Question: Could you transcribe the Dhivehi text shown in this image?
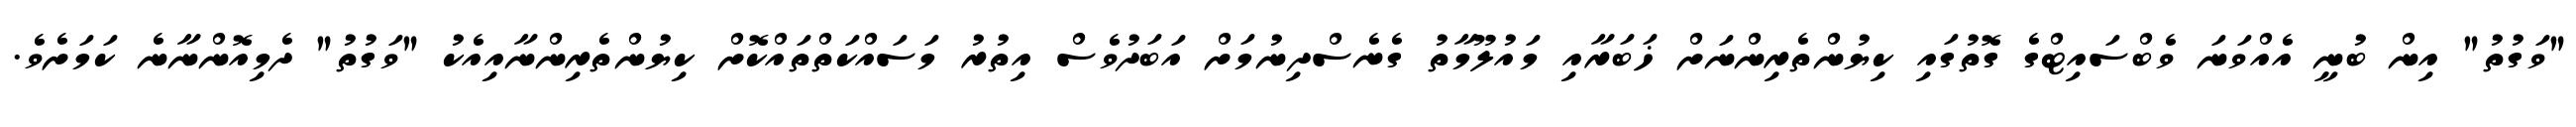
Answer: "ވަގުތު" އިން ބުނީ އެއްވަނަ ވެބްސައިޓްގެ ގޮތުގައި ކިޔުންތެރިންނަށް ޚަބަރާއި މައުލޫމާތު ގެނެސްދިނުމަށް އަބަދުވެސް އިތުރު މަސައްކަތްތައްކޮށް ކިޔުންތެރިންނާއިއެކު "ވަގުތު" ދެމިއޮންނާނެ ކަމަށެވެ.